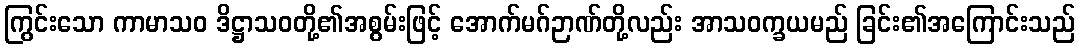
ကြွင်းသော ကာမာသဝ ဒိဋ္ဌာသဝတို့၏အစွမ်းဖြင့် အောက်မဂ်ဉာဏ်တို့လည်း အာသဝက္ခယမည် ခြင်း၏အကြောင်းသည်